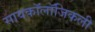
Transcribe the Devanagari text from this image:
सायकॉलॉजिकली